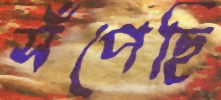
সঁপেছি